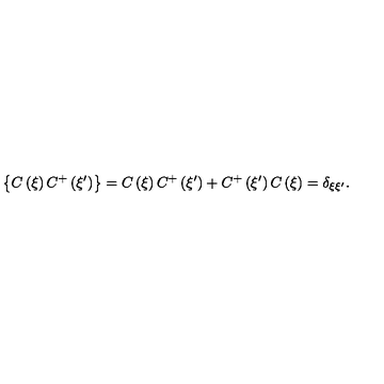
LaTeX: \left\{ C \left( \xi \right) C ^ { + } \left( \xi ^ { \prime } \right) \right\} = C \left( \xi \right) C ^ { + } \left( \xi ^ { \prime } \right) + C ^ { + } \left( \xi ^ { \prime } \right) C \left( \xi \right) = \delta _ { \xi \xi ^ { \prime } } .